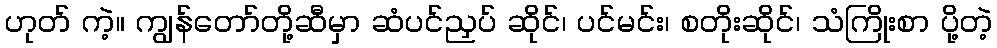
ဟုတ် ကဲ့။ ကျွန်တော်တို့ဆီမှာ ဆံပင်ညှပ် ဆိုင်၊ ပင်မင်း၊ စတိုးဆိုင်၊ သံကြိုးစာ ပို့တဲ့